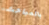
بالمباحث